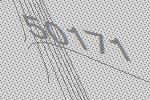
50171